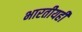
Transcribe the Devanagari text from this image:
भारतीयही